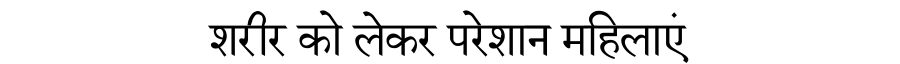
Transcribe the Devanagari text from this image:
शरीर को लेकर परेशान महिलाएं